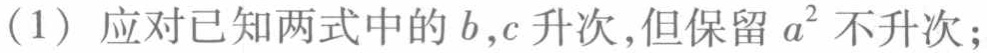
（1）应对已知两式中的\(b,c\)升次，但保留\(a^{2}\)不升次；